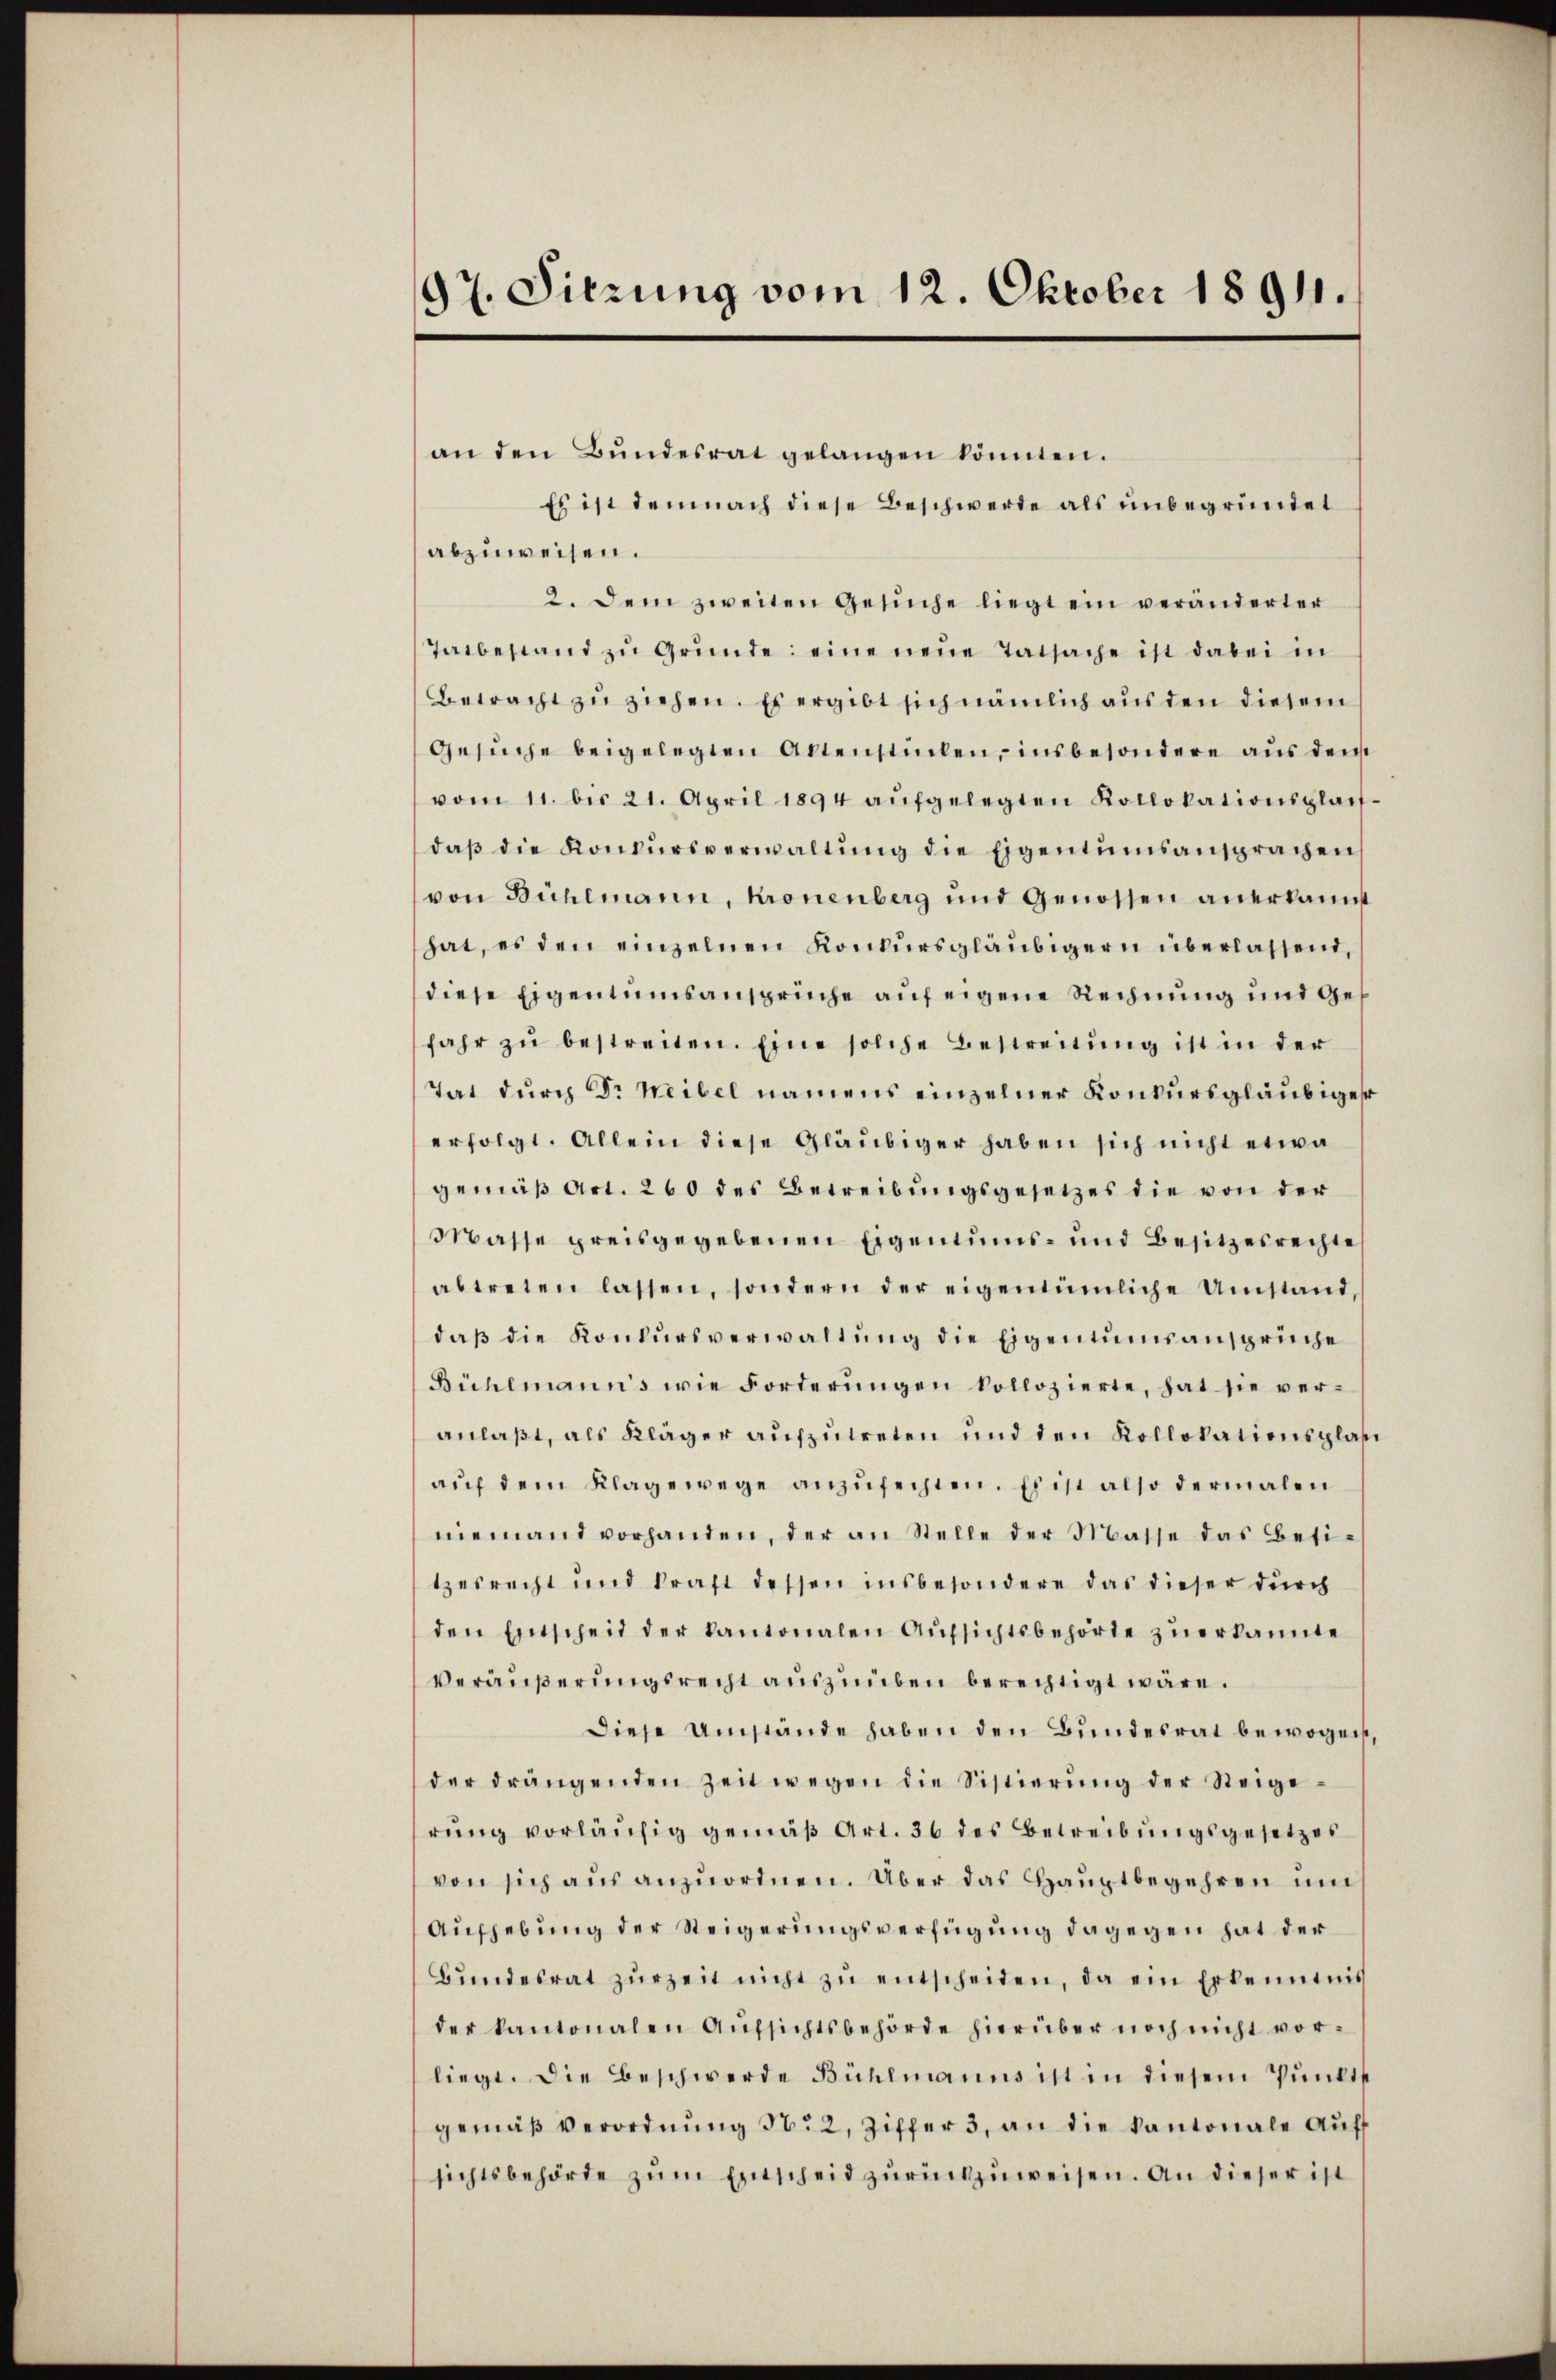
97. Sitzung vom 12. Oktober 1891.

an den Bŭndesrat gelangen könnten.
Es ist demnach diese Beschwerde als unbegründet
abzuweisen.
2. Dem zweiten Gesŭche liegt ein veränderter
Tatbestand zu Gründe: eine neue Tatsache ist dabei in
Betracht zu ziehen. Es ergibt sich nämlich aus den diesem
Gesŭche beigelegten Aktenstücken, insbesondere aus dem
vom 11. bis 21. April 1894 aŭfgelegten Kollokationsplan-
daβ die Konkŭrsverwaltŭng die Eigentumsansprachen
von Bühlmann, Kronenberg und Genossen anerkannt
hat, es den einzelnen Konkursgläubigern überlassend,
diese Eigentumsansprüche auf eigene Rechnung und Gefahr zŭ bestreiten. Eine solche Bestreitŭng ist in der
Tat durch Dr Weibel namens einzelner Konkursgläubiger
erfolgt. Allein diese Gläubiger haben sich nicht etwa
gemäß Art. 260 des Betreibungsgesetzes die von der
Masse preisgegebenen Eigentums- und Besitzesrechte
abtreten lassen, sondern der eigentümliche Umstand
daβ die Konkursverwaltung die Eigentumsansprüche
Bühlmanns wie Forderŭngen kollozierte, hat sie ver-
anlaßt, als Kläger aufzutreten und den Kollokationsplasi
aŭf dem Klagewege anzŭfechten. Es ist also dermalen
niemand vorhanden, der an Stelle der Masse das Besi-
tzesrecht und kraft dessen insbesondere das dieser durch
den Einscheid der kantonalen Aŭfsichtsbehörde zŭerkannte
Veräŭβerŭngsrecht aŭszŭüben berechtigt wäre.
diese Umstände haben den Bundesrat bewogen,
der drängenden Zeit wegen die Sistierŭng der Steige-
rŭng vorläŭfig gemäβ Art. 36 des Betreibŭngsgesetzes
von sich aus anzuordnen. Über das Hauptbegehren und
Aŭfhebung der Steigerŭngsverfügung dagegen hat der
Bŭndesrat zŭrzeit nicht zŭ entscheiden, da ein Erkenntnis
der kantonalen Aŭfsichtsbehörde hierüber noch nicht vorliegt. Die Beschwerde Bühlmanns ist in diesem Pŭnkt
gemäβ verordnŭng 1622, Ziffer 3, an die kantonale Aŭff
sichtsbehörde zŭm Entscheid zŭrückzuweisen. An dieser ist